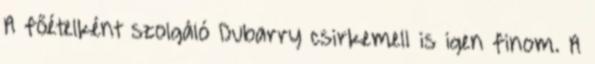
A főételként szolgáló Dubarry csirkemell is igen finom. A